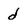
Character: d